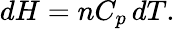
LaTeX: dH=nC_{p}\, dT.